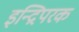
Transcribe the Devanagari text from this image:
इन्द्रिपरक